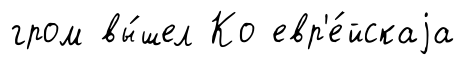
гром вы́шел Ко евр'е́йскаjа